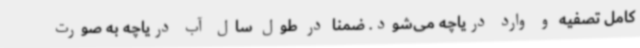
کامل تصفیه و وارد دریاچه می‌شود. ضمناً در طول سال آب دریاچه به صورت